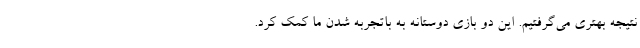
نتیجه بهتری می‌گرفتیم. این دو بازی دوستانه به باتجربه شدن ما کمک کرد.